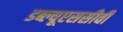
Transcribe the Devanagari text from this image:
डब्ल्यूएससीवी